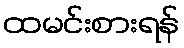
ထမင်းစားရန်